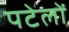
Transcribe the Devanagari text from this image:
पटेलों